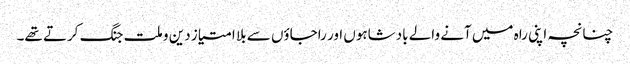
چنانچہ اپنی راہ میں آنے والے بادشاہوں اور راجاؤں سے بلا امتیاز دین و ملت جنگ کرتے تھے۔